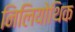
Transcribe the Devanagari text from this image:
निलियोथिक